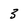
Character: 3